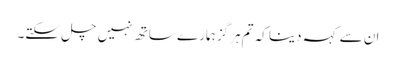
ان سے کہہ دینا کہ تم ہرگز ہمارے ساتھ نہیں چل سکتے۔